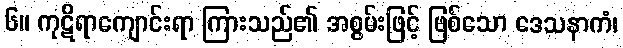
၆။ ကုဋိရာကျောင်းရာ ကြားသည်၏ အစွမ်းဖြင့် ဖြစ်သော ဒေသနာကံ၊